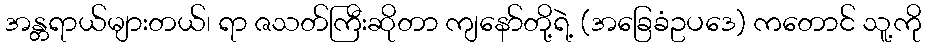
အန္တရာယ်များတယ်၊ ရာ ဇသတ်ကြီးဆိုတာ ကျနော်တို့ရဲ့ (အခြေခံဥပဒေ) ကတောင် သူ့ကို